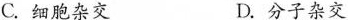
C.细胞杂交 D.分子杂交